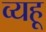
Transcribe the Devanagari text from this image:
व्यहू